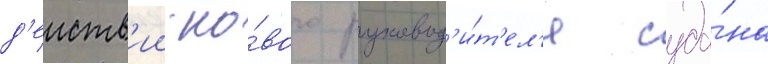
д'еиств'ии но́вого руковод'и́т'ел'я суда́на